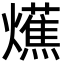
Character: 爑